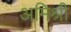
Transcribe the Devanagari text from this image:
अमिश्री